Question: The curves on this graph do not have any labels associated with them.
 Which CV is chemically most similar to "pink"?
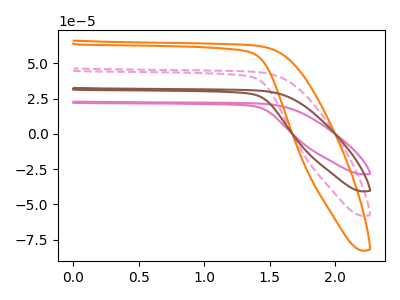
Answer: <think>The pink curve "pink" has no peaks. The pink dashed curve "pink dashed" has no peaks. The orange curve "orange" has no peaks. The brown curve "brown" has no peaks.
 Neither "pink" or "pink dashed" have any peaks. Neither "pink" or "orange" have any peaks. Neither "pink" or "brown" have any peaks. Neither "pink dashed" or "orange" have any peaks. Neither "pink dashed" or "brown" have any peaks. Neither "orange" or "brown" have any peaks.</think>
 <answer>"pink", "pink dashed" and "brown" have a similar shape to "orange".</answer>
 <eval>"pink" "pink dashed" "brown"</eval>